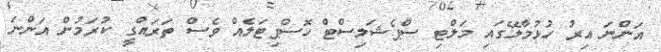
އަންނަ އިރު ހުޅުމާލޭގައި މަލްޓި ސްޕެޝަލިސްޓް ހޮސްޕިޓަލެއް ވެސް ތަރައްގީ ކުރަމުން އަންނަ